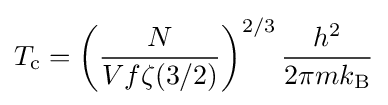
T_{\rm {c}}=\left({\frac {N}{Vf\zeta (3/2)}}\right)^{2/3}{\frac {h^{2}}{2\pi mk_{\rm {B}}}}